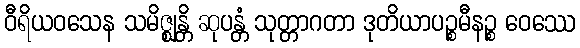
ဝီရိယဝသေန သမိဇ္ဈန္တိ ဆုပန္တံ သုတ္တာဂတာ ဒုတိယာပဉ္စမီနဉ္စ ဝေဿေ